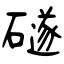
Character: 礈